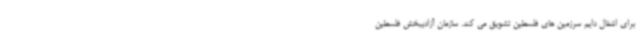
برای اشغال دایم سرزمین های فلسطین تشویق می کند. سازمان آزادیبخش فلسطین